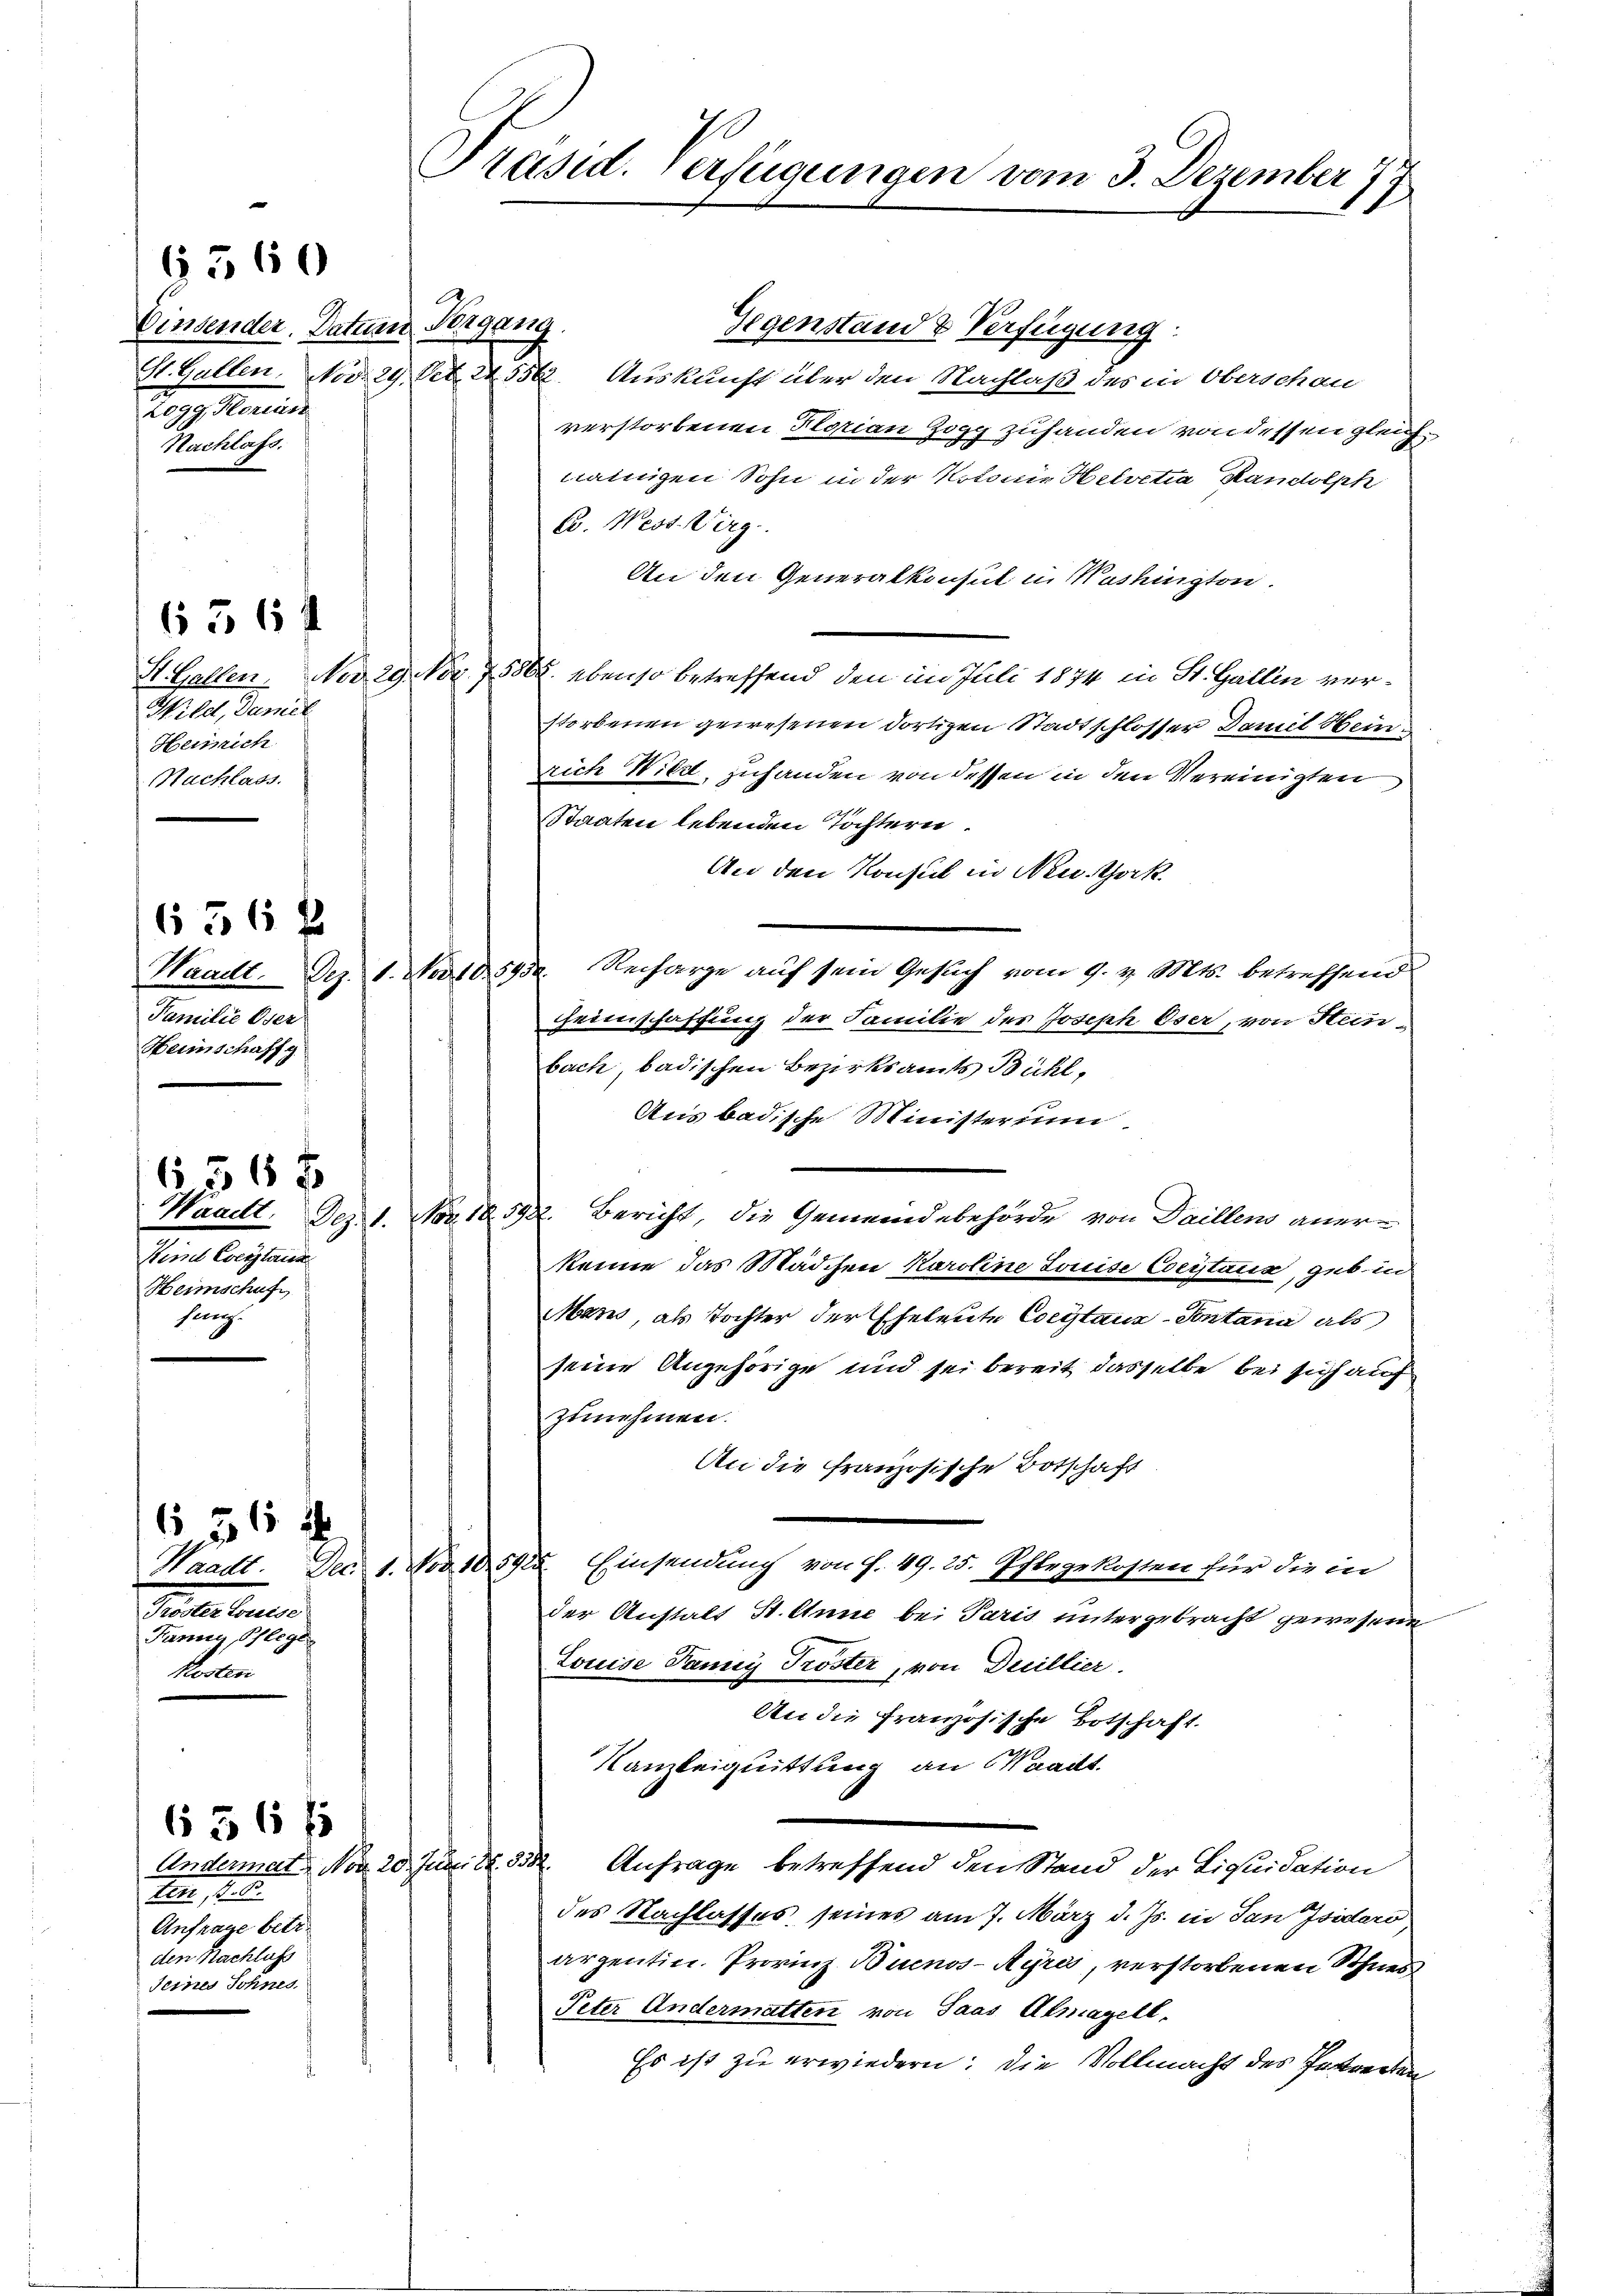
Einsender. Datum Vorgang.
Reg. Marie
Nachlass.

6360

Wild, Damit
Henrich
Nachlass.

656 f

636 x
Familie Oser
Heimschaffg

Hinde Everstand
Heimschuf
sanz.

6568

56 4
Peter bere
Pann Pflege
Kosten

656 f
ten, 18.
Anfrage betr.
den Nachlass
seines Sohnes

Präsid. Verfügungen vom 3. Dezember 177

Gegenstand & Verfügung:
St. Gallen. Nov. 19. Oct. 245562. Auskunft über den Nachlaß des in Oberschau
verstorbenen Florian Zogg zuhanden von dessen gleichneinigen Sohn in der Notoris Helvetia Randolph
B. Wess. Virg.
An den Generalkonsul in Washington.
St. Gallen No 29. Nov. 1580. ebenso betreffend den im Juli 1874 in St. Gallen verstorbenen gewesenen dortigen Stadtschlosser Damit Heinrich Wild, zuhanden von dessen in den Vereinigten
Staaten lebenden Töchtern.
An den Konsul in Neuthock
Waadt. Dez. 1. Nord. 595. Recharge auf sein Gesuch vom 9. v. Mts. betreffend
Heiinschaffung der Familie der Joseph Oser, von Stein-
bach, badischen Bezirksamts Bühl,
Aus badische Ministerium
Waadt. Dez. 1. Nov. 18592. Bericht, die Gemeindebehörde von Daillens anerkenne das Mädchen Karoline Louise Coeystanz, geb. in
arn, als Tochter der Eheleute Costanz-Sontana als
seine Angehörige und sei bereit dasselbe bei sich auch
zunehmen.
An die französische Botschaft
Waadt. Dec. 1. Nov. 185925. Einsendung von f. 49. 25. Pflegekosten für die in
der Anstalt St. Anne bei Paris untergebracht gewesene
Louise Panny Tröster, von Duillier.
An die französische Botschaft.
Kanzleiquittung an Waadt.
Andermat No 20. Juni d. 332. Anfrage betreffend den Stand der Liquidation
des Nachlasses seines am 7. März d. Js. in San Isidero
arzentin. Provinz Buenos-Ayres, verstorbenen Schnes
Peter Andermatten von Saas Almagell.
Es ist zu erwiedern; die Vollmacht des Instrecken